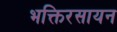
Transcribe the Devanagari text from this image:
भक्तिरसायन